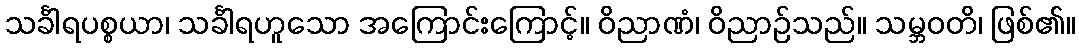
သင်္ခါရပစ္စယာ၊ သင်္ခါရဟူသော အကြောင်းကြောင့်။ ဝိညာဏံ၊ ဝိညာဉ်သည်။ သမ္ဘဝတိ၊ ဖြစ်၏။